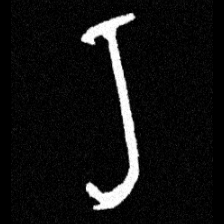
Pyu character \u2014 Myanmar letter: ရ (romanized: ra)